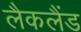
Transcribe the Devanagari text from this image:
लैकलैंड